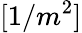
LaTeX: [1/m^{2}]